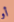
أو